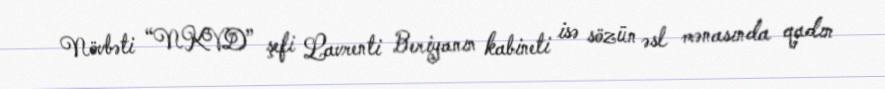
Növbəti “NKVD” şefi Lavrenti Beriyanın kabineti isə sözün əsl mənasında qadın